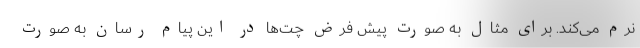
نرم می‌کند. برای مثال به صورت پیش فرض چت‌ها در این پیام‌ رسان به صورت